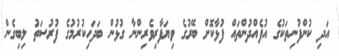
އަދި ކުންފުނިތަކުގެ އުފެއްދުންތައް ފުޅާކޮށް ބޭރުގެ ވިޔަފާރިވެރިންނާ ގުޅުން ބަދަހިކުރުމުގެ ފުރުސަތު ލިބިގެން